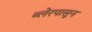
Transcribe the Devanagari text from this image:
ब्लेरपासून